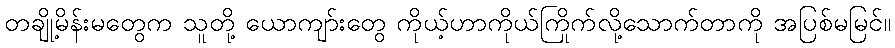
တချို့မိန်းမတွေက သူတို့ ယောကျာ်းတွေ ကိုယ့်ဟာကိုယ်ကြိုက်လို့သောက်တာကို အပြစ်မမြင်။